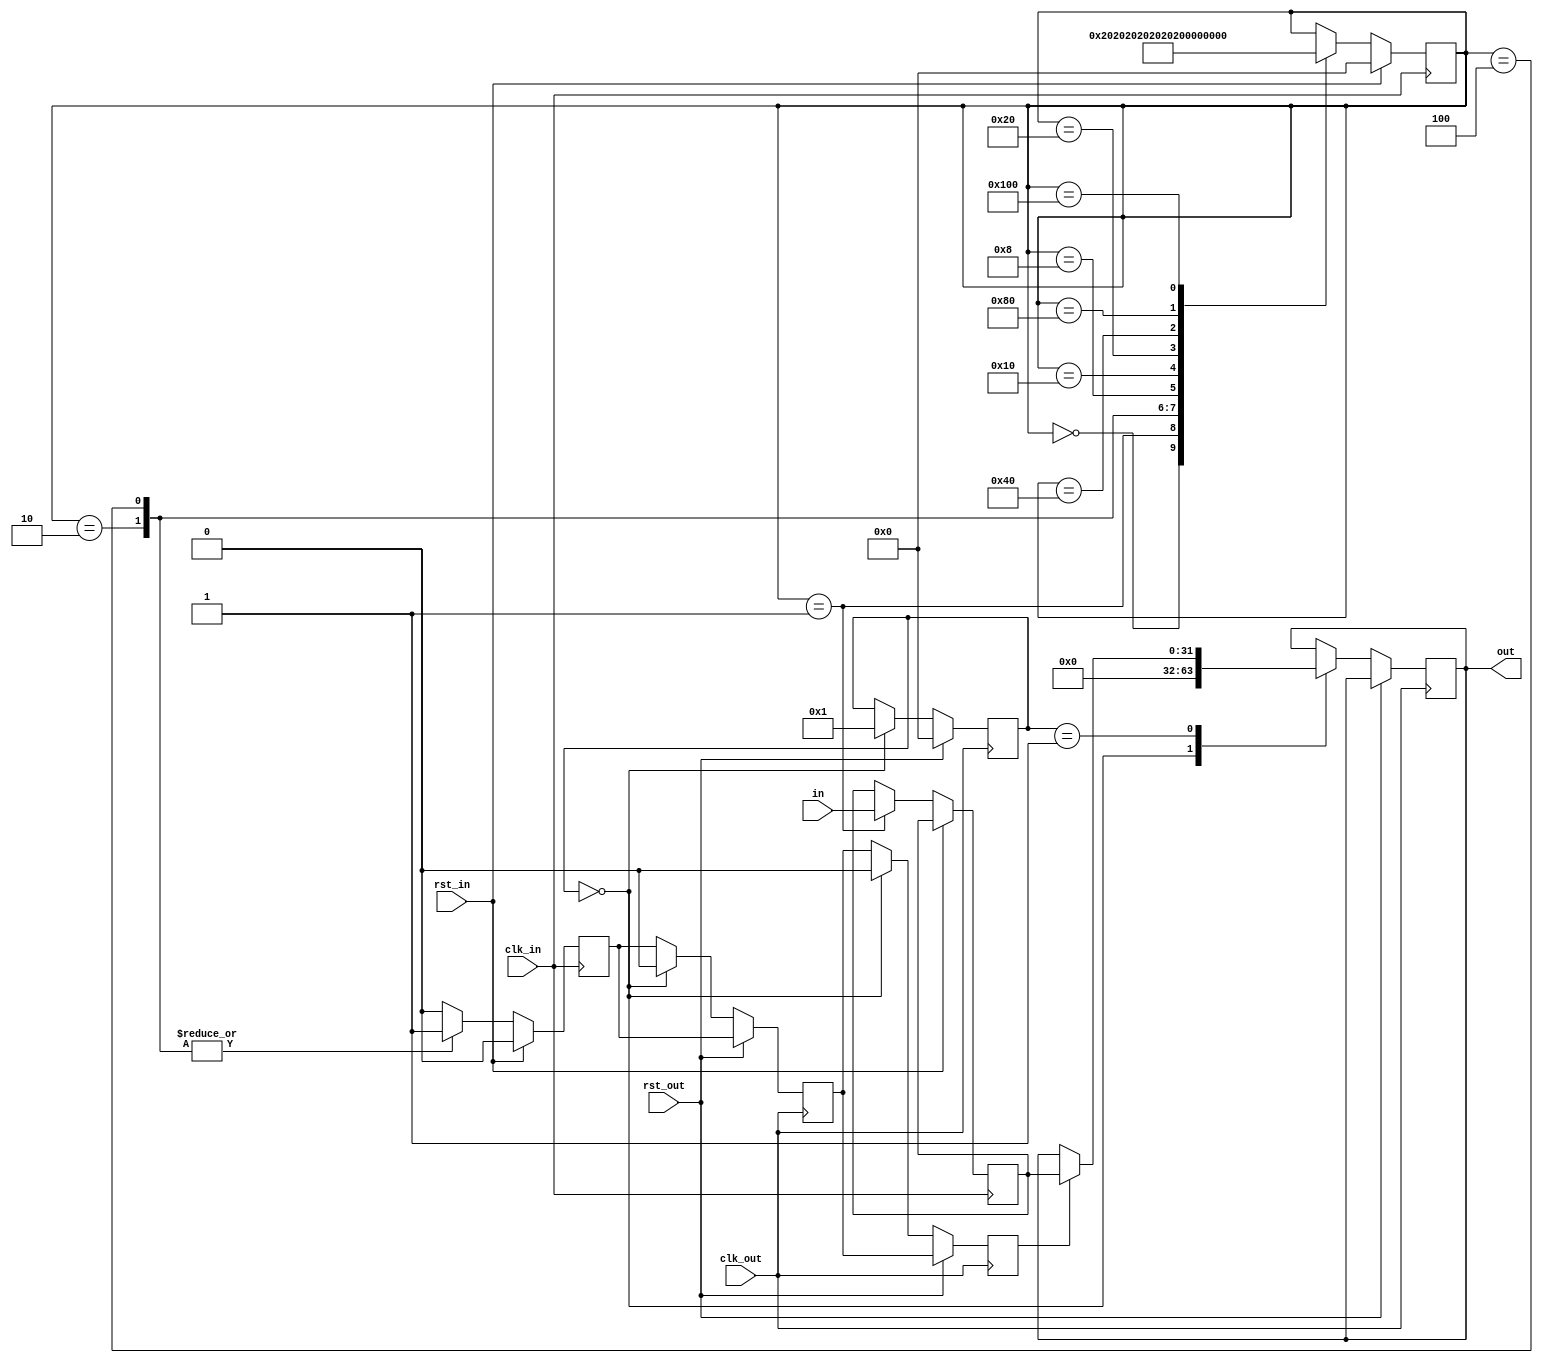
//
// Copyright (c) 2016 University of Cambridge All rights reserved.
//
//
// This software was developed with the support of 
// Prof. Gustavo Sutter and Prof. Sergio Lopez-Buedo and
// University of Cambridge Computer Laboratory NetFPGA team.
//
// @NETFPGA_LICENSE_HEADER_START@
//
// Licensed to NetFPGA C.I.C. (NetFPGA) under one or more
// contributor license agreements.  See the NOTICE file distributed with this
// work for additional information regarding copyright ownership.  NetFPGA
// licenses this file to you under the NetFPGA Hardware-Software License,
// Version 1.0 (the "License"); you may not use this file except in compliance
// with the License.  You may obtain a copy of the License at:
//
//   http://www.netfpga-cic.org
//
// Unless required by applicable law or agreed to in writing, Work distributed
// under the License is distributed on an "AS IS" BASIS, WITHOUT WARRANTIES OR
// CONDITIONS OF ANY KIND, either express or implied.  See the License for the
// specific language governing permissions and limitations under the License.
//
// @NETFPGA_LICENSE_HEADER_END@

//////////////////////////////////////////////////////////////////////////////
//////////////////////////////////////////////////////////////////////////////
`timescale 1ns / 1ps
//`default_nettype none

module xge_sync_type0 # (
    parameter W = 32,
    parameter OUT_PRESET = 'b0
    ) (

    input                    clk_out,         // freq(clk_out) < freq(clk_in)
    input                    rst_out,

    input                    clk_in,
    input                    rst_in,

    input        [W-1:0]     in,
    output       [W-1:0]     out
    );

    // localparam
    localparam s0 = 9'b000000000;
    localparam s1 = 9'b000000001;
    localparam s2 = 9'b000000010;
    localparam s3 = 9'b000000100;
    localparam s4 = 9'b000001000;
    localparam s5 = 9'b000010000;
    localparam s6 = 9'b000100000;
    localparam s7 = 9'b001000000;
    localparam s8 = 9'b010000000;
    localparam s9 = 9'b100000000;

    //-------------------------------------------------------
    // Local a
    //-------------------------------------------------------
    reg          [8:0]       fsm_a;
    reg                      sync;
    reg          [W-1:0]     cross;

    //-------------------------------------------------------
    // Local b
    //-------------------------------------------------------
    reg          [8:0]       fsm_b;
    (* ASYNC_REG = "TRUE", SHREG_EXTRACT = "NO" *)reg sync_reg0;
    (* ASYNC_REG = "TRUE", SHREG_EXTRACT = "NO" *)reg sync_reg1;
    (* ASYNC_REG = "TRUE" *)reg [W-1:0] async;

    //-------------------------------------------------------
    // assigns
    //-------------------------------------------------------
    assign out = async;

    ////////////////////////////////////////////////
    // a
    ////////////////////////////////////////////////
    always @(posedge clk_in) begin

        if (rst_in) begin  // rst
            sync <= 1'b0;
            fsm_a <= s0;
        end
        
        else begin  // not rst

            sync <= 1'b0;

            case (fsm_a)

                s0 : fsm_a <= s1;

                s1 : begin
                    cross <= in;
                    fsm_a <= s2;
                end

                s2 : begin
                    sync <= 1'b1;
                    fsm_a <= s3;
                end

                s3 : begin
                    sync <= 1'b1;
                    fsm_a <= s4;
                end

                s4 : fsm_a <= s5;
                s5 : fsm_a <= s6;
                s6 : fsm_a <= s7;
                s7 : fsm_a <= s8;
                s8 : fsm_a <= s9;
                s9 : fsm_a <= s0;

            endcase
        end     // not rst
    end  //always

    ////////////////////////////////////////////////
    // b
    ////////////////////////////////////////////////
    always @(posedge clk_out) begin

        sync_reg0 <= sync;
        sync_reg1 <= sync_reg0;

        if (rst_out) begin  // rst
            fsm_b <= s0;
        end
        
        else begin  // not rst

            case (fsm_b)

                s0 : begin
                    sync_reg0 <= 1'b0;
                    sync_reg1 <= 1'b0;
                    async <= OUT_PRESET;
                    fsm_b <= s1;
                end

                s1 : begin
                    if (sync_reg1) begin
                        async <= cross;
                    end
                end

            endcase
        end     // not rst
    end  //always

endmodule // xge_sync_type0

//////////////////////////////////////////////////////////////////////////////
//////////////////////////////////////////////////////////////////////////////